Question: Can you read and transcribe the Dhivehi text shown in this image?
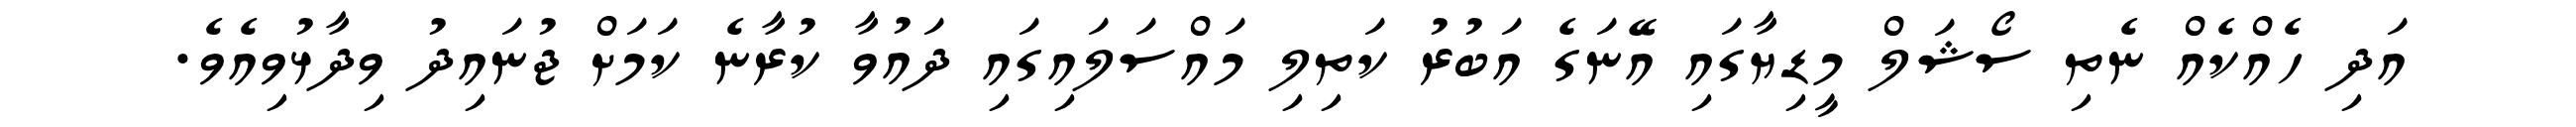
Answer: އަދި ހެއްކެއް ނެތި ސޯޝަލް މީޑިޔާގައި އޭނަގެ އަބުރު ކަތިލި މައްސަލައިގައި ދައުވާ ކުރާނެ ކަމަށް ޖުނައިދު ވިދާޅުވިއެވެ.